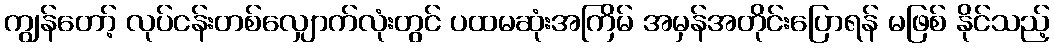
ကျွန်တော့် လုပ်ငန်းတစ်လျှောက်လုံးတွင် ပထမဆုံးအကြိမ် အမှန်အတိုင်းပြောရန် မဖြစ် နိုင်သည့်